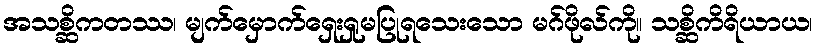
အသစ္ဆိကတဿ၊ မျက်မှောက်ရှေးရှုမပြုရသေးသော မဂ်ဖိုလ်ကို။ သစ္ဆိကိရိယာယ၊